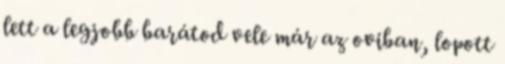
lett a legjobb barátod vele már az oviban, lopott